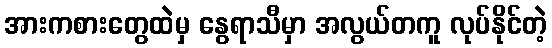
အားကစားတွေထဲမှ နွေရာသီမှာ အလွယ်တကူ လုပ်နိုင်တဲ့